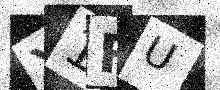
Text: X1FU